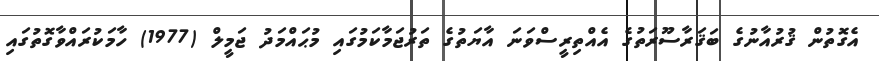
އެގޮތުން ޤުރުއާނުގެ ބަޤަރާސޫރަތުގެ އެއްތިރީސްވަނަ އާޔަތުގެ ތަރުޖަމާކަމުގައި މުޙައްމަދު ޖަމީލް (1977) ހާމަކުރައްވާގޮތުގައި